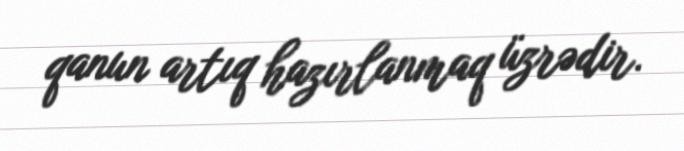
qanun artıq hazırlanmaq üzrədir.